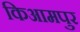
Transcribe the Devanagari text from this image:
किआमपुर